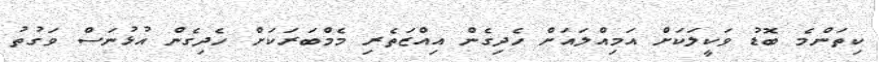
ކިތަންމެ ބޮޑު ވަކީލަކަށް އަމިއްލައަށް ހެދިގެން އިއްޒަތެރި މެމްބަރަކަށް ހެދިގެން އުޅުނަސް ވަގުތު